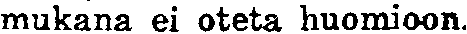
mukana ei oteta huomioon.